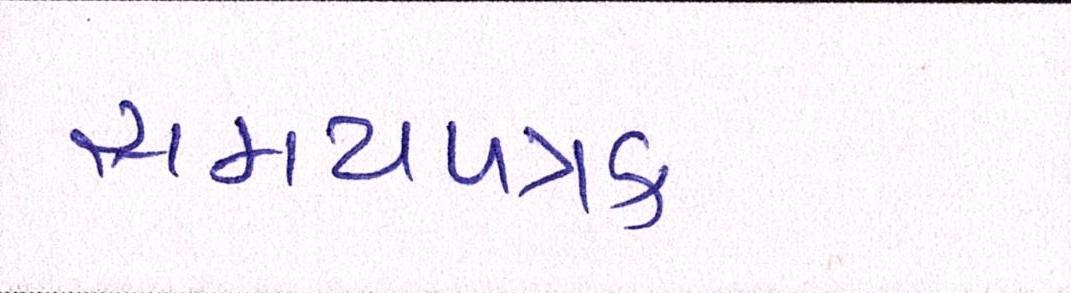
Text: સમયપત્રક